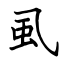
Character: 虱